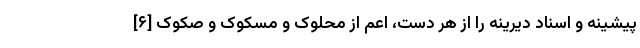
پیشینه و اسناد دیرینه را از هر دست، اعم از محلوک و مسکوک و صُکوک [۶]